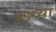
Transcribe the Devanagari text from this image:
४९च्या